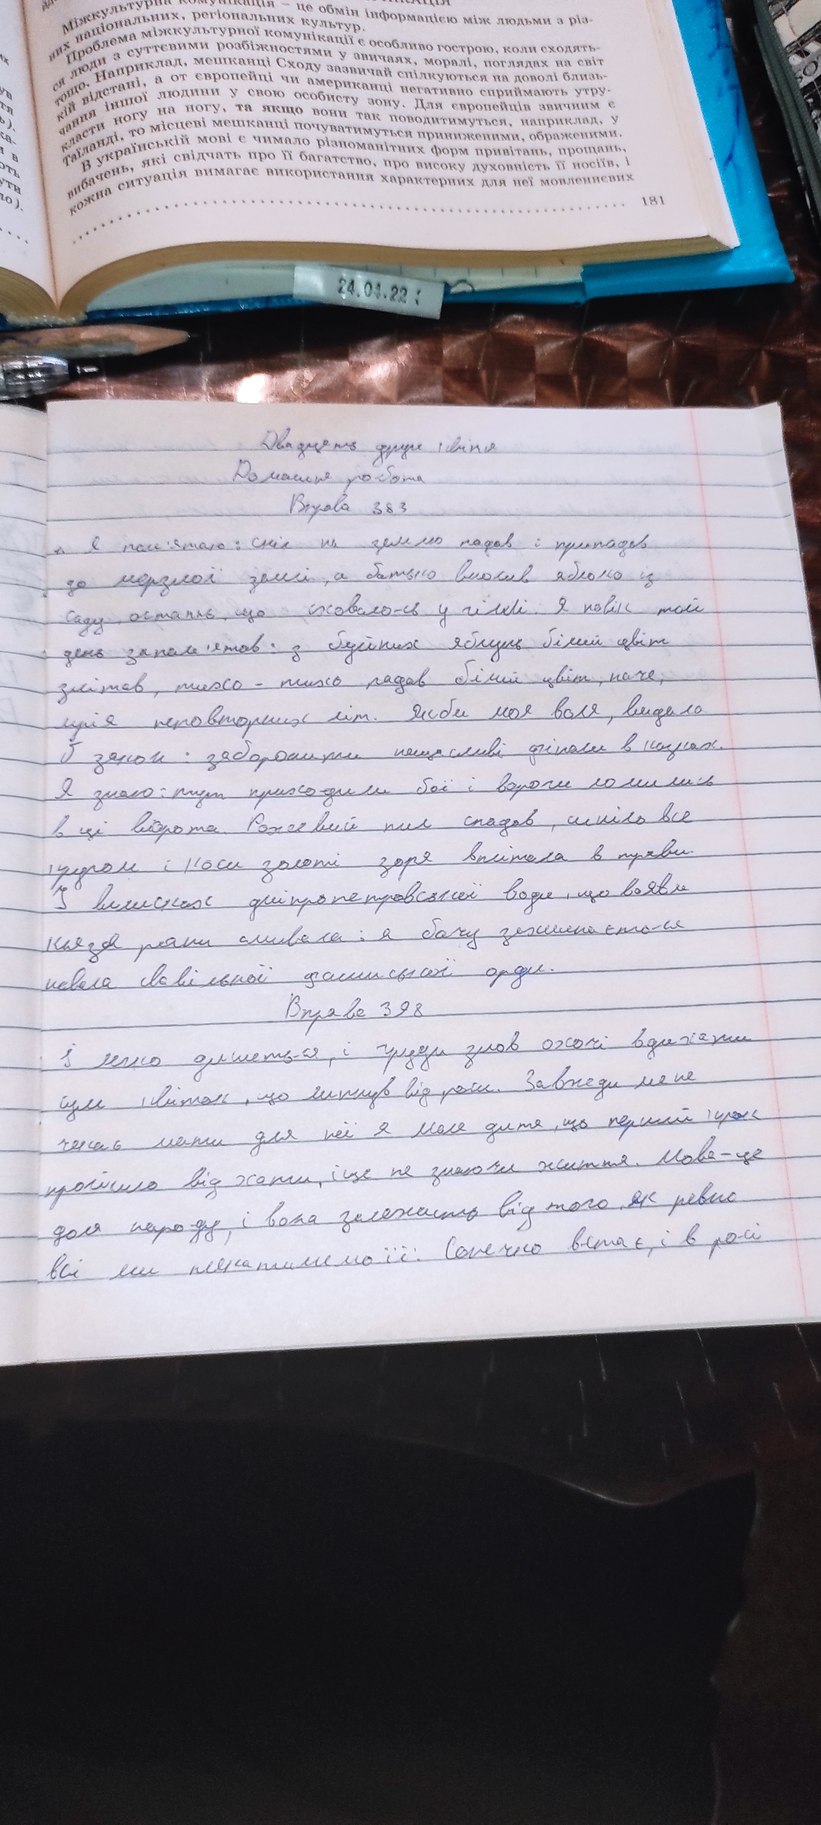
Міжкультурна комунікація - це обмін інформацією між людьми різ -
них національних, регіональних культур.
Проблема міжкультурної комунікації є особливо гострою, коли сходять-
ся люди з суттєвими розбіжностями у звичаях, моралі, поглядах на світ
тощо. Наприклад, мешканці Сходу зазвичай спілкуються на доволі близь-
кій відстані, а от європейці чи американці негативно сприймають утру-
ув
чанна іншої людини у свою особисту зону. для європейців звичним є
класти ногу на ногу, та якщо вони так поводитимуться, наприклад, у
тя
ь).
Таїланді, то місцеві мешканці почуватимуться приниженими, ображеними.
ка-
В українській мові є чимало різноманітних форм привітань, прощань,
в
вибачень, які свідчать про її багатство, про високу духовність її носіїв, і
оть
кожна ситуація вимагає використання характерних для неї мовленнєвих
ути
181
ло).
24.04.22:
Двадцять друге квітня
Домашня робота
Вправа 383
1. Я пам'ятаю: сніг на землю падав і припадав
до мерзлої землі, а батько вносив яблоко із
саду останнє, що сховалося у гіллі. Я навік той
день запам'ятав: з буйних яблунь білий цвіт
злітав, тихо-тихо падав білий цвіт, наче,
мрія неповторних літ. Якби моя воля, видала
б закон:  заборонити нещасливі фінали в казках.
Я знаю: тут приходили бої і вороги ломились
в ці ворота. Рожевий пил спадав, синіло все
кругом і коси золоті зоря вплітела в трави.
І вилисках дніпропетровської води, що воявле
князя роки сливала: я бачу захилнається
невела свовільної фашистської орди.
Вправа 398
І легко дишеться, і груди знов охочі вдихати
сум квіток, що линув від роси. Завжди мене
чекає мати для неї я мале дитя, що перший крок
пройшло від хати, і це не знаючи життя. Мова - це
доля народу, і вона залежить від того, як ревно
всі ми плекатимемо її. Сонечко встає, і в росі